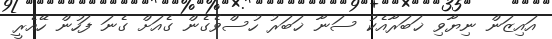
އައިޒަން ނިޔާވި ޚަބަރާއެކު ސަނާ ޚަބަރު ހުސްވެގެން ގެއަށް ގެނަ ފަހުން ހޭއެރީ